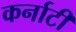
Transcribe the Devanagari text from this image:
कर्नाटी